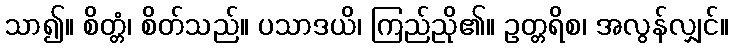
သာ၍။ စိတ္တံ၊ စိတ်သည်။ ပသာဒယိ၊ ကြည်ညို၏။ ဥတ္တရိစ၊ အလွန်လျှင်။